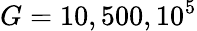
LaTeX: G=10,500,10^{5}